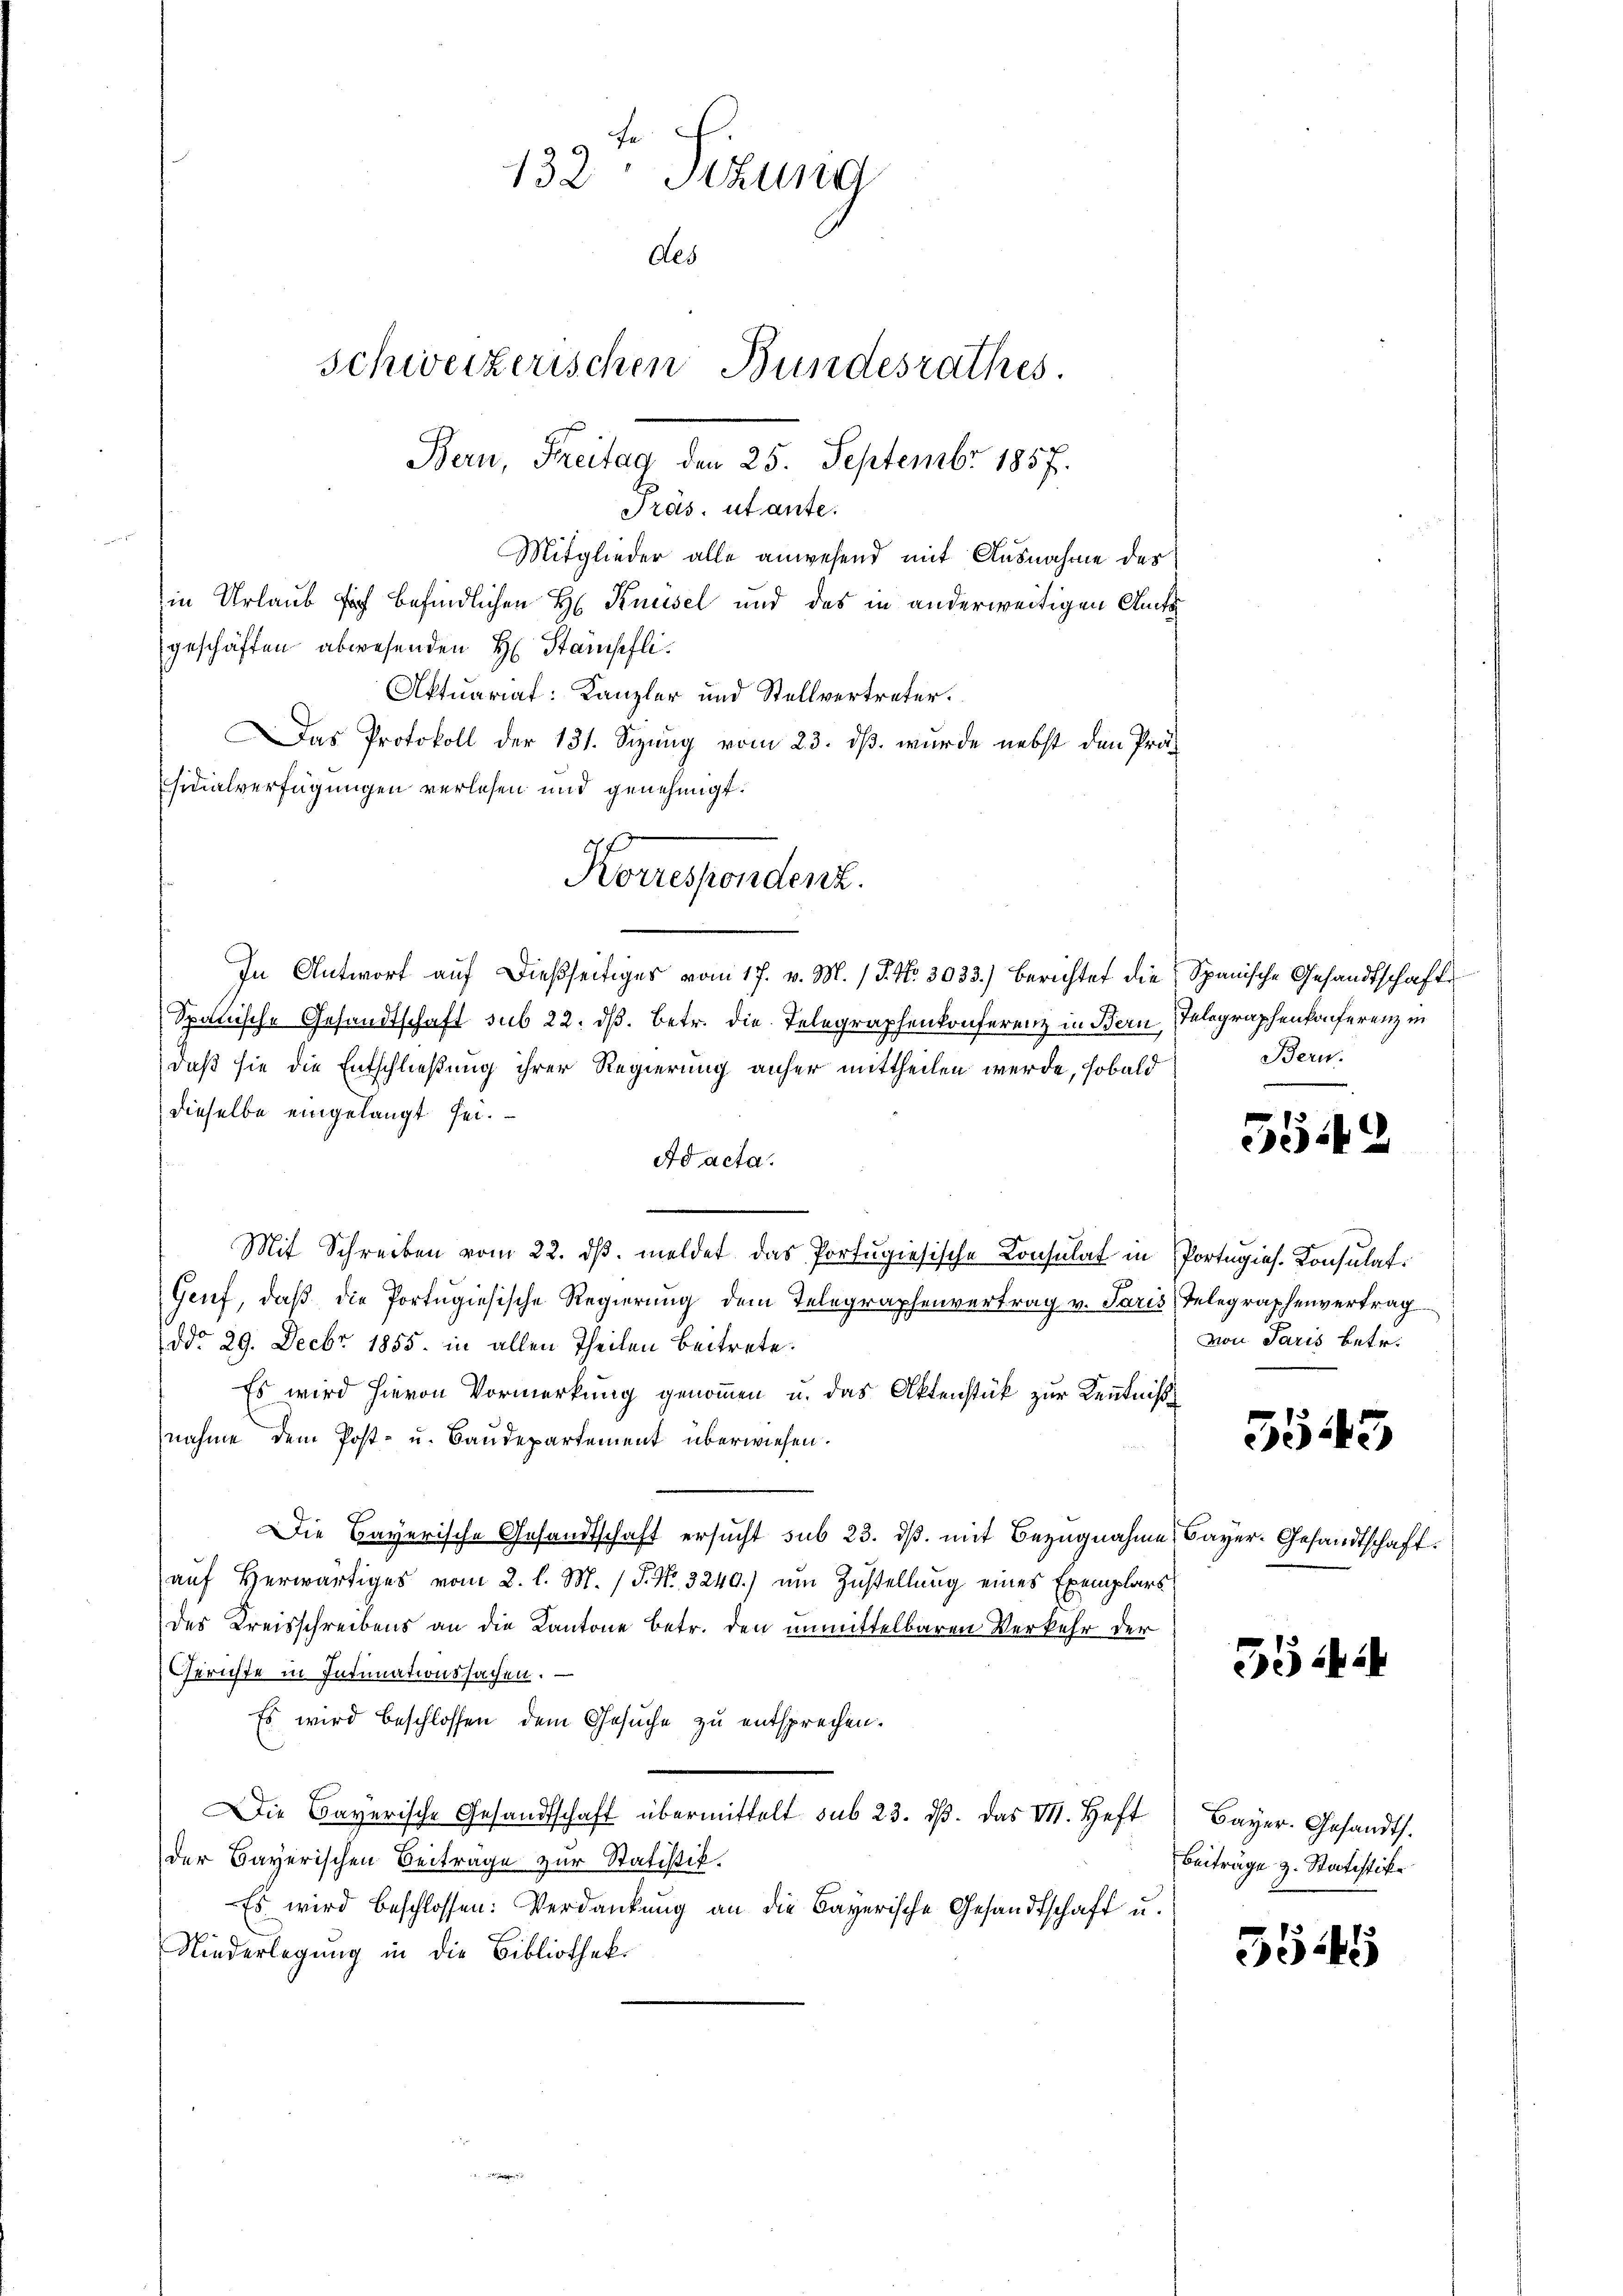
132 Sizung
des
schweizerischen Bundesrathes.
Bern, Freitag den 25. Septembr 1857.
Präs. utante.
Mitglieder alle anwesend mit Ausnahme des
in Urlaub sich befindlichen H Knüsel und das in anderweitigen Amtsgeschäften abwesenden H. Stampfli¬

Aktuariat: Kanzler und Stellvertreter.
Das Protokoll der 131. Setzung vom 23. dβ. wurde nebst den Präs
sinalverfügungen verlesen und genehmigt.
In Antwort aŭf dießseitiges vom 17. v. M. / P. Nr. 3033.) Berichtet die Spanische Gesandtschaft
Spanische Gesandtschaft sub 22. ds. betr. die Telegraphenkonferenz in Bern Telegraphenkonferenz in
daß sie die Entschließung ihrer Regierung anher mittheilen werde, sobald
dieselbe eingelangt sei.
Ad acta.
Mit Schreiben vom 22. dβ. meldet das Portugisische Konsulat in Portugies. Konsulat
Geif, daß die Portugisische Regierung dem Telegraphenvertrag v. Paris Telegraphenvertrag
ddo 29. Decbr 1855. in allen Theilen beitrete.
Es wird hievon Vormerkung genommen u. das Aktenstück zur Kenntniß
nahme dem Post- u. Baudepartement überwiesen.
Die Bayerische Gesandtschaft ersucht sub 23. ds. mit Bezugnahme, Bayer-Gesandtschaft.
auf herwärtiges vom 2. l. M. / P. Nr. 3240.) um Zustellung eines Exemplars
des Kreisschreibens an die Kantone betr. den unmittelbaren Verkehr der
Gerichte in Intimationssachen.
Es wird beschlossen dem Gesuche zu entsprechen.
Die Bayerische Gesandtschaft übermittelt sub 23. dβ. das VI. Heft
der Bayerischen Beiträge zur Statistik.
Es wird beschlossen: Verdankung an die Bayerische Gesandtschaft u.
Niederlegung in die Bibliothek.

Korrespondenz.

Bern.

5542

von Paris betr.

5543

3544

Bayer. Gesandts.
Beitrage z. Statistik

5545